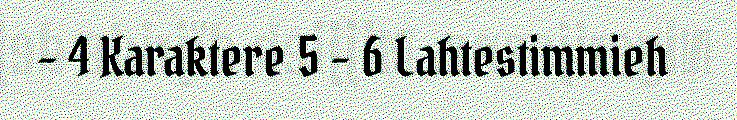
– 4 Karaktere 5 – 6 Lahtestimmieh